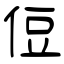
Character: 侸